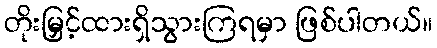
တိုးမြှင့်ထားရှိသွားကြရမှာ ဖြစ်ပါတယ်။